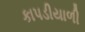
કાપડીયાળી